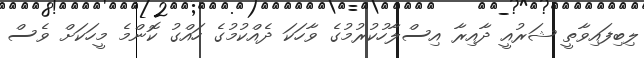
ލިބިފައިވާތީ ޝަރުއީ ދާއިރާ އިސްލާހުކުރުމުގެ ވާހަކަ ދެއްކުމުގެ ހައްގު ކޮންމެ މީހަކަށް ވެސް